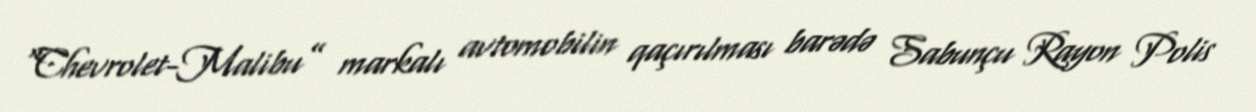
“Chevrolet-Malibu” markalı avtomobilin qaçırılması barədə Sabunçu Rayon Polis